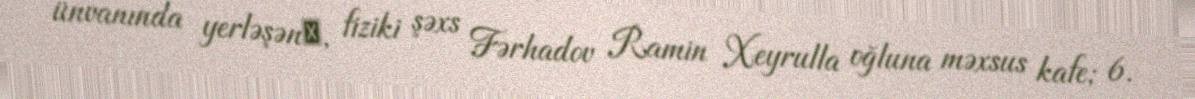
ünvanında yerləşən‎, fiziki şəxs Fərhadov Ramin Xeyrulla oğluna məxsus kafe; 6.